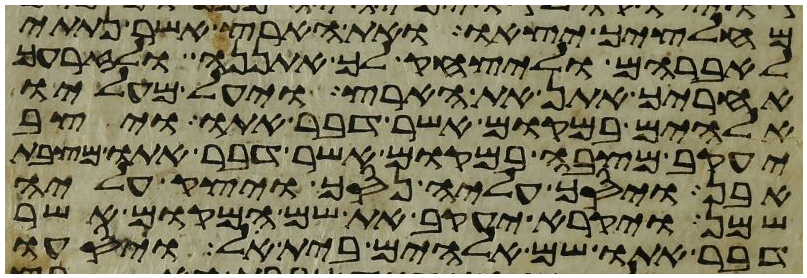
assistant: מחלציך יצאו ואת הארץ אשר נתתי
לאברהם וליצחק לך אתננה ולזרעך
אחריך אתן את הארץ ויעל מעליו
אלהים במקום אשר דבר אתו ויצב
יעקב מצבה במקום אשר דבר אתו מצבת
אבן ויסך עליה נסך ויצק עליה
שמן ויקרא יעקב את שם המקום אשר
דבר אתו שם אלהים בית אל ויסעו